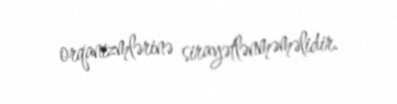
orqanizmlərinə sirayətlənməməlidir.